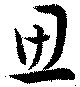
思